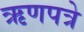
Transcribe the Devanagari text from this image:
ऋणपत्रे